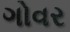
ગોવર